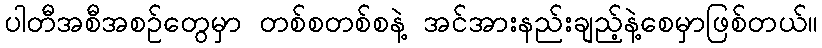
ပါတီအစီအစဉ်တွေမှာ တစ်စတစ်စနဲ့ အင်အားနည်းချည့်နဲ့စေမှာဖြစ်တယ်။